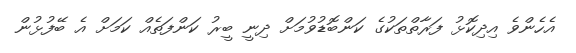
އެހެންވެ އިދިކޮޅު ފަރާތްތަކުގެ ކަންބޮޑުވުމަށް ދިނީ ބީރު ކަންފަތެއް ކަމަށް އެ ބޭފުޅުން